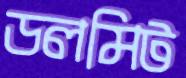
ডলমিট